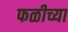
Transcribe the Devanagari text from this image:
फळीच्या